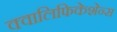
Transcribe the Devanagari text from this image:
क्वालिफिकेशेन्स